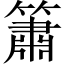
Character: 簫